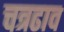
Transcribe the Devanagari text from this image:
चत्रढाव